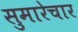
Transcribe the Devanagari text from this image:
सुमारेचार